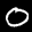
Label: 0